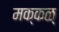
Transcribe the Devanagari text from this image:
मक्कळ्